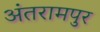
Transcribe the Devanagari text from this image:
अंतरामपुर